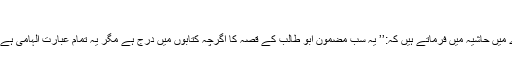
روحانی خزائن جلد 3 صفحہ 111-110)
حضرت اقدس مسیح موعود علیہ السلام اس بارے میں حاشیہ میں فرماتے ہیں کہ:’’ یہ سب مضمون ابو طالب کے قصہ کا اگرچہ کتابوں میں درج ہے مگر یہ تمام عبارت الہامی ہے جو خداتعالیٰ نے اس عاجز کے دل پر نازل کی۔